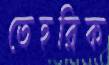
তেহরিক